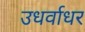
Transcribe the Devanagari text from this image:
उधर्वाधर